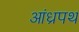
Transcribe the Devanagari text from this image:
आंध्रपथ